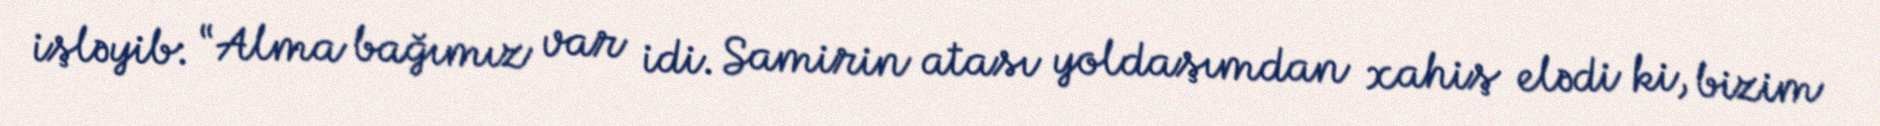
işləyib: “Alma bağımız var idi. Samirin atası yoldaşımdan xahiş elədi ki, bizim